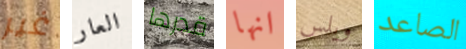
غير العار قدرها انها ويلس الصاعد